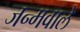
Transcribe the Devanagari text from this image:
जन्मवाले